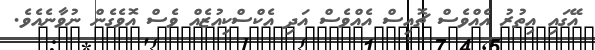
އޭގައި އިތުރު އެއްވެސް ޗޮއިސް އެއްވެސް އަދި އެކްސްކިއުޒެެއް ވެސް އޮވެގެން ނުވާނެއެވެ.